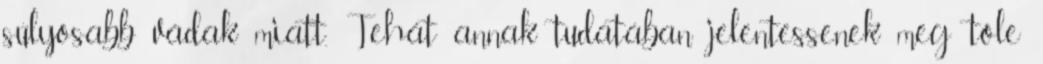
súlyosabb vádak miatt. Tehát annak tudatában jelentessenek meg tőle